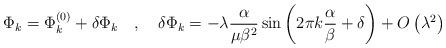
LaTeX: \begin{align*}\Phi _{k}=\Phi _{k}^{(0)}+\delta \Phi _{k}\quad ,\quad \delta \Phi _{k}=-\lambda \frac{\alpha }{\mu \beta ^{2}}\sin \left( 2\pi k\frac{\alpha }{\beta }+\delta \right) +O\left( \lambda ^{2}\right)\end{align*}